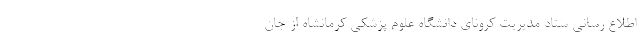
اطلاع رسانی ستاد مدیریت کرونای دانشگاه علوم پزشکی کرمانشاه از جان